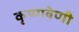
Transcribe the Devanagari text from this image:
कृष्णवेणी